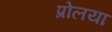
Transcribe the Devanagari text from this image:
प्रोलया